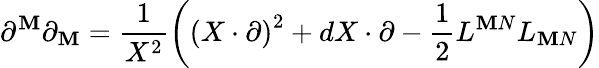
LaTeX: \partial^{\mathbf{M}}\partial_{\mathbf{M}}=\frac{{1}}{{X^{2}}}\left(\left(X\cdot\partial\right)^{2}+dX\cdot\partial-\frac{{1}}{{2}}L^{\mathbf{M}N}L_{\mathbf{M}N}\right)